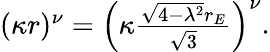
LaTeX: \begin{array}{r}{(\kappa r)^{\nu}=\left(\kappa\frac{\sqrt{4-\lambda^{2}}r_{E}}{\sqrt{3}}\right)^{\nu}.}\end{array}